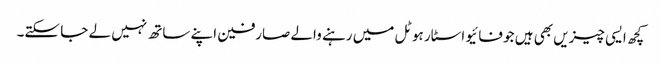
کچھ ایسی چیزیں بھی ہیں جو فائیو اسٹار ہوٹل میں رہنے والے صارفین اپنے ساتھ نہیں لے جا سکتے۔